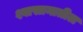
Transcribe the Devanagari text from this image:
श्वासानातील